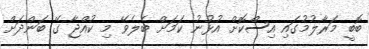
ބޮބީ މަރާލުމުގައި އިސްކޮށް އުޅުނު ކަމަށް ބެލެވޭ މި ކުއްޖާ ގޭ ބަންދަށް